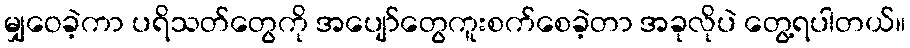
မျှဝေခဲ့ကာ ပရိသတ်တွေကို အပျော်တွေကူးစက်စေခဲ့တာ အခုလိုပဲ တွေ့ရပါတယ်။